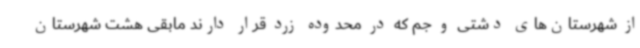
از شهرستان‌های دشتی و جم که در محدوده زرد قرار دارند مابقی هشت شهرستان